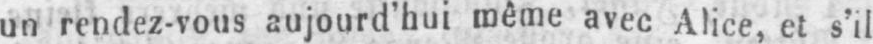
un rendez-vous aujourd’hui même avec Alice, et s’il